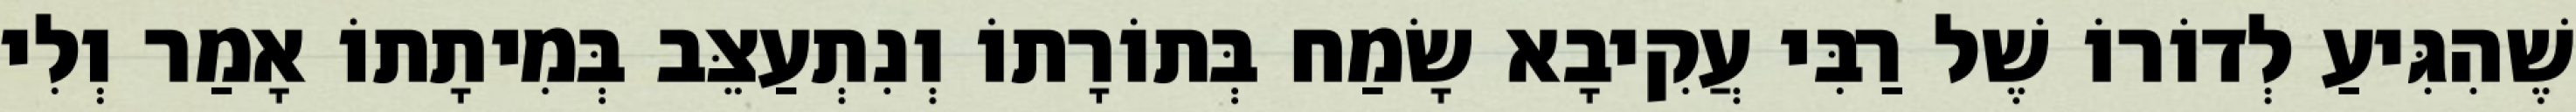
שֶׁהִגִּיעַ לְדוֹרוֹ שֶׁל רַבִּי עֲקִיבָא שָׂמַח בְּתוֹרָתוֹ וְנִתְעַצֵּב בְּמִיתָתוֹ אָמַר וְלִי